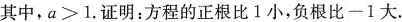
其中，$$a＞1$$.证明：方程的正根比1小，负根比-1大。